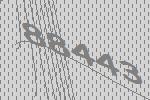
88443